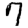
Digit: 9